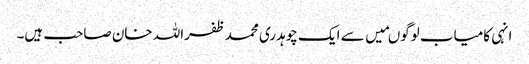
انہی کامیاب لوگوںمیں سے ایک چوہدری محمد ظفراللہ خان صاحب ہیں۔